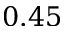
0 . 4 5